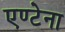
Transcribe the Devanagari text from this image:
एण्टेना